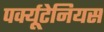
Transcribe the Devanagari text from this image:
पर्क्यूटेनियस